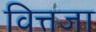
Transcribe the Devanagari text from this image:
वित्तजा